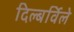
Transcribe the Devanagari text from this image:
दिल्बर्विले